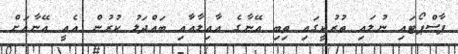
ޕާސްޕޯޓައި ނުލައި ތުރުކީގައި ތިބި އޭނާގެ އާއިލާއާއި ބައްދަލު ކުރުން އެއީ އޭނާއަށް